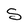
Character: S